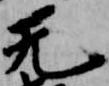
无